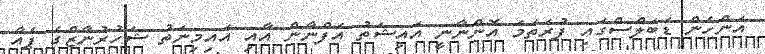
އަންހެން ޑަބަލްސްގައި ފުރަތަމަ އޮންނާނީ އައިޝަތު އަފްނާން އާއި އައިމިނަތު ޝަހުރުނާޒްގެ ޕެއާ